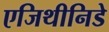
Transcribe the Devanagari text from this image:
एजिथीनिडे